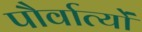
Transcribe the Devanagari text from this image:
पौर्वात्यों